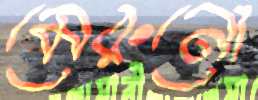
মেরুনো